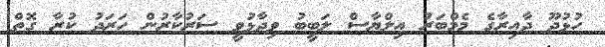
ހުޅުދޫ ދާއިރާގެ މެމްބަރު އިލްޔާސް ލަބީބު ވިދާޅުވީ ސަރުކާރުން ހަރަދު ކުރާ ގޮތް